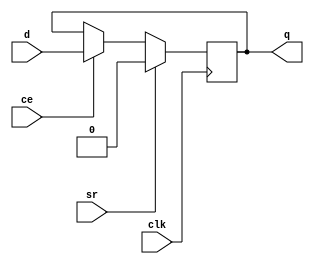
// This program was cloned from: https://github.com/Digital-EDA/Digital-IDE
// License: MIT License

module AL_MAP_SEQ (
	output reg q,
	input ce,
	input clk,
	input sr,
	input d
);
	parameter DFFMODE = "FF"; //FF,LATCH
	parameter REGSET = "RESET"; //RESET/SET
	parameter SRMUX = "SR"; //SR/INV
	parameter SRMODE = "SYNC"; //SYNC/ASYNC

	wire srmux;
	generate
		case (SRMUX)
			"SR": assign srmux = sr;
			"INV": assign srmux = ~sr;
			default: assign srmux = sr;
		endcase
	endgenerate

	wire regset;
	generate
		case (REGSET)
			"RESET": assign regset = 1'b0;
			"SET": assign regset = 1'b1;
			default: assign regset = 1'b0;
		endcase
	endgenerate

	initial q = regset;

	generate
		if (DFFMODE == "FF")
		begin
			if (SRMODE == "ASYNC")
			begin
				always @(posedge clk, posedge srmux)
					if (srmux)
						q <= regset;
					else if (ce)
						q <= d;
			end
			else
			begin
				always @(posedge clk)
					if (srmux)
						q <= regset;
					else if (ce)
						q <= d;
			end
		end
		else
		begin
			// DFFMODE == "LATCH"
			if (SRMODE == "ASYNC")
			begin
				always @*
					if (srmux)
						q <= regset;
					else if (~clk & ce)
						q <= d;
			end
			else
			begin
				always @*
					if (~clk) begin
						if (srmux)
							q <= regset;
						else if (ce)
							q <= d;
					end
			end
		end
    endgenerate
endmodule

module AL_MAP_LUT1 (
	output o,
	input a
);
	parameter [1:0] INIT = 2'h0;
	parameter EQN = "(A)";

	assign o = a ? INIT[1] : INIT[0];	
endmodule

module AL_MAP_LUT2 (
	output o,
	input a,
	input b
);
	parameter [3:0] INIT = 4'h0;
	parameter EQN = "(A)";

	wire [1:0] s1 = b ? INIT[ 3:2] : INIT[1:0];
	assign o = a ? s1[1] : s1[0];	
endmodule

module AL_MAP_LUT3 (
	output o,
	input a,
	input b,
	input c
);
	parameter [7:0] INIT = 8'h0;
	parameter EQN = "(A)";

	wire [3:0] s2 = c ? INIT[ 7:4] : INIT[3:0];
	wire [1:0] s1 = b ?   s2[ 3:2] :   s2[1:0];
	assign o = a ? s1[1] : s1[0];	
endmodule

module AL_MAP_LUT4 (
	output o,
	input a,
	input b,
	input c,
	input d
);
	parameter [15:0] INIT = 16'h0;
	parameter EQN = "(A)";

	wire [7:0] s3 = d ? INIT[15:8] : INIT[7:0];
	wire [3:0] s2 = c ?   s3[ 7:4] :   s3[3:0];
	wire [1:0] s1 = b ?   s2[ 3:2] :   s2[1:0];
	assign o = a ? s1[1] : s1[0];	
endmodule

module AL_MAP_LUT5 (
	output o,
	input a,
	input b,
	input c,
	input d,
	input e
);
	parameter [31:0] INIT = 32'h0;
	parameter EQN = "(A)";
	assign o = INIT >> {e, d, c, b, a};
endmodule


module AL_MAP_LUT6 (
	output o,
	input a,
	input b,
	input c,
	input d,
	input e,
	input f
);
	parameter [63:0] INIT = 64'h0;
	parameter EQN = "(A)";
	assign o = INIT >> {f, e, d, c, b, a};
endmodule

module AL_MAP_ALU2B (
   input cin,
   input a0, b0, c0, d0,
   input a1, b1, c1, d1,
   output s0, s1, cout
);
	parameter [15:0] INIT0 = 16'h0000;
	parameter [15:0] INIT1 = 16'h0000;
	parameter FUNC0 = "NO";
	parameter FUNC1 = "NO";
endmodule

module AL_MAP_ADDER (
  input a,
  input b,
  input c,
  output [1:0] o
);
	parameter ALUTYPE = "ADD";

	generate
		case (ALUTYPE)
			"ADD": 		 assign o = a + b + c;
			"SUB": 		 assign o = a - b - c;
			"A_LE_B":    assign o = a - b - c;

			"ADD_CARRY":    assign o = {  a, 1'b0 };
			"SUB_CARRY":    assign o = { ~a, 1'b0 };
			"A_LE_B_CARRY": assign o = {  a, 1'b0 };
			default: assign o = a + b + c;
		endcase
	endgenerate	

endmodule